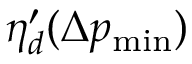
\eta _ { d } ^ { \prime } ( \Delta p _ { \mathrm { m i n } } )